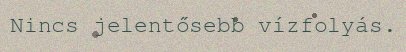
Nincs jelentősebb vízfolyás.